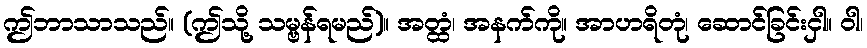
ဤဘာသာသည်။ (ဤသို့ သမ္ဗန်ရမည်)။ အတ္ထံ၊ အနက်ကို။ အာဟရိတုံ၊ ဆောင်ခြင်းငှါ။ ဝါ၊